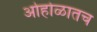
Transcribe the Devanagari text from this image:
ओहोळातच